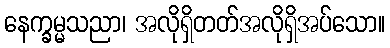
နေက္ခမ္မသညာ၊ အလိုရှိတတ်အလိုရှိအပ်သော။